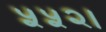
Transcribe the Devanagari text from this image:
५५२।